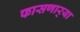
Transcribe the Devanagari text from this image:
फासणार्‍या